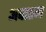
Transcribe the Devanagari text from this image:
अवातम